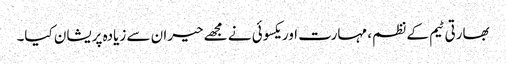
بھارتی ٹیم کے نظم، مہارت اور یکسوئی نے مجھے حیران سے زیادہ پریشان کیا۔